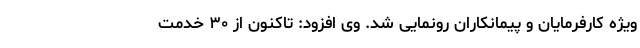
ویژه کارفرمایان و پیمانکاران رونمایی شد. وی افزود: تاکنون از ۳۰ خدمت